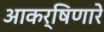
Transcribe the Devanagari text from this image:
आकर्षिणारे